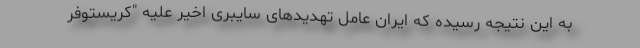
به این نتیجه رسیده که ایران عامل تهدیدهای سایبری اخیر علیه "کریستوفر